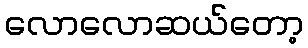
လောလောဆယ်တော့